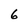
Character: 6